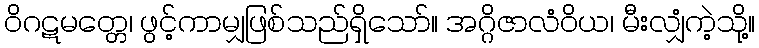
ဝိဂဋမတ္တေ၊ ဖွင့်ကာမျှဖြစ်သည်ရှိသော်။ အဂ္ဂိဇာလံဝိယ၊ မီးလျှံကဲ့သို့။